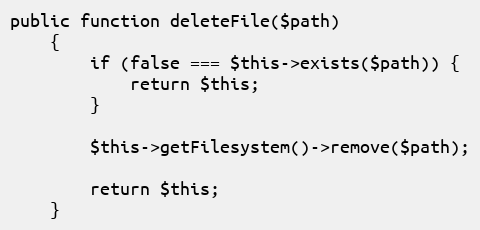
Language: PHP
public function deleteFile($path)
    {
        if (false === $this->exists($path)) {
            return $this;
        }

        $this->getFilesystem()->remove($path);

        return $this;
    }